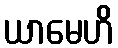
ယာမေဟိ